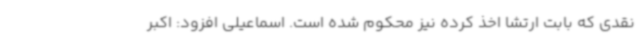
نقدی که بابت ارتشا اخذ کرده نیز محکوم شده است. اسماعیلی افزود: اکبر